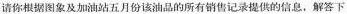
请你根据图象及加油站五月份该油品的所有销售记录提供的信息，解答下